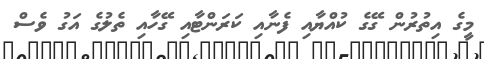
މީގެ އިތުރުން ގޭގެ ކުއްޔާއި ފެނާއި ކަރަންޓާއި ގޭހާއި ތެލުގެ އަގު ވެސް